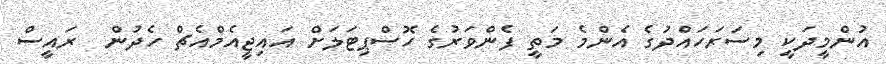
އުންމީދަކީ މިސަރަހައްދުގެ އެންމެ މަތީ ފެންވަރުގެ ހޮސްޕިޓަލަށް އައިޖީއެމްއެޗް ހެދުން  ރައީސް